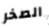
الصخر